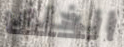
الخلف